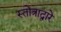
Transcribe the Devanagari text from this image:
स्तोत्राद्वारे